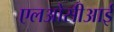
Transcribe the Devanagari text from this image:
एलओसीआई